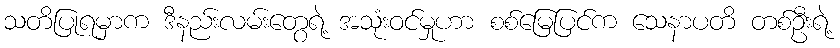
သတိပြုရမှာက ဒီနည်းလမ်းတွေရဲ့ အသုံးဝင်မှုဟာ စစ်မြေပြင်က သေနာပတိ တစ်ဦးရဲ့